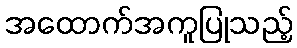
အထောက်အကူပြုသည့်